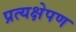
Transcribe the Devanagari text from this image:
प्रत्यक्षेपण